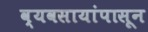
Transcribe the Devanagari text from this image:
व्यवसायांपासून